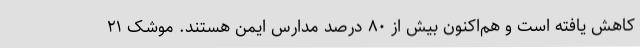
کاهش یافته است و هم‌اکنون بیش از ۸۰ درصد مدارس ایمن هستند. موشک ۲۱